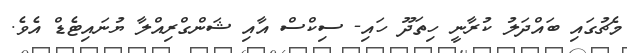
މެޗުގައި ބައްދަލު ކުރާނީ ހިތަދޫ ހައި- ސިކްސް އާއި ޝަންގްރިއްލާ ޔުނައިޓެޑް އެވެ.